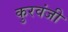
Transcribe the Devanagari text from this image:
कुरवंजी